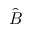
\hat { B }